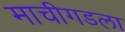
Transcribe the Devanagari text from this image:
माचीगडला